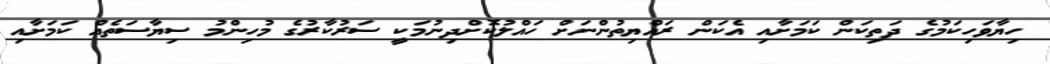
ހިޔާވަހިކަމުގެ ދަތިކަން ކަމަށާއި އެކަން ރައްޔިތުންނަށް ހައްލުކޮށްދިނުމަކީ ސަރުކާރުގެ މުހިންމު ސިޔާސަތެއް ކަމަށާއި